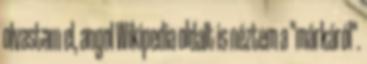
olvastam el, angol Wikipedia oldalt is néztem a "márkáról".